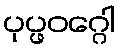
ပုပ္ဖဝဂ္ဂေါ